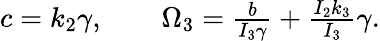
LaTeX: \begin{array}{r}{c=k_{2}\gamma,\qquad\Omega_{3}=\frac{b}{I_{3}\gamma}+\frac{I_{2}k_{3}}{I_{3}}\gamma.}\end{array}